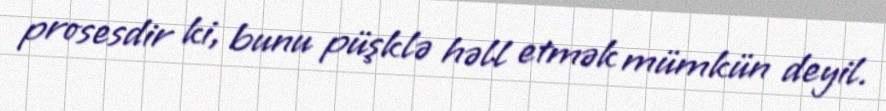
prosesdir ki, bunu püşklə həll etmək mümkün deyil.